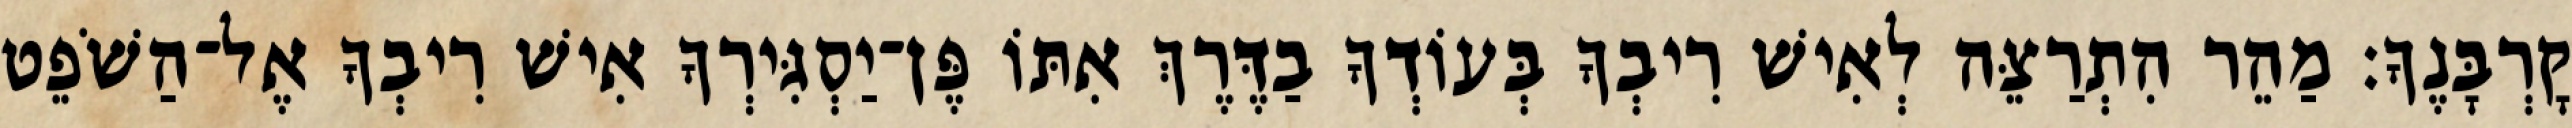
קָרְבָּנֶךָ׃ מַהֵר הִתְרַצֵּה לְאִישׁ רִיבְךָ בְּעוֹדְךָ בַדֶּרֶךְ אִתּוֹ פֶּן־יַסְגִּירְךָ אִישׁ רִיבְךָ אֶל־הַשֹׁפֵט